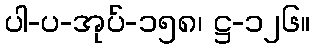
ပါ-ပ-အုပ်-၁၅၈၊ ဋ္ဌ-၁၂၆။